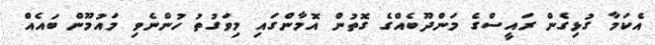
އެކަމާ ގުޅިގެން ރައީސްގެ މަންދޫބެއްގެ ގޮތުން އޮމާންގައި މިވަގުތު ހުންނެވި މައުމޫން ބައެއް